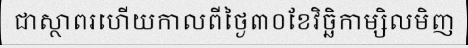
ជាស្ថាពរហើយកាលពីថ្ងៃ៣០ខែវិច្ឆិកាម្សិលមិញ